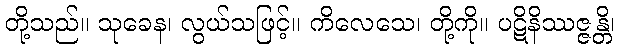
တို့သည်။ သုခေန၊ လွယ်သဖြင့်။ ကိလေသေ၊ တို့ကို။ ပဋိနိဿဇ္ဇန္တိ၊